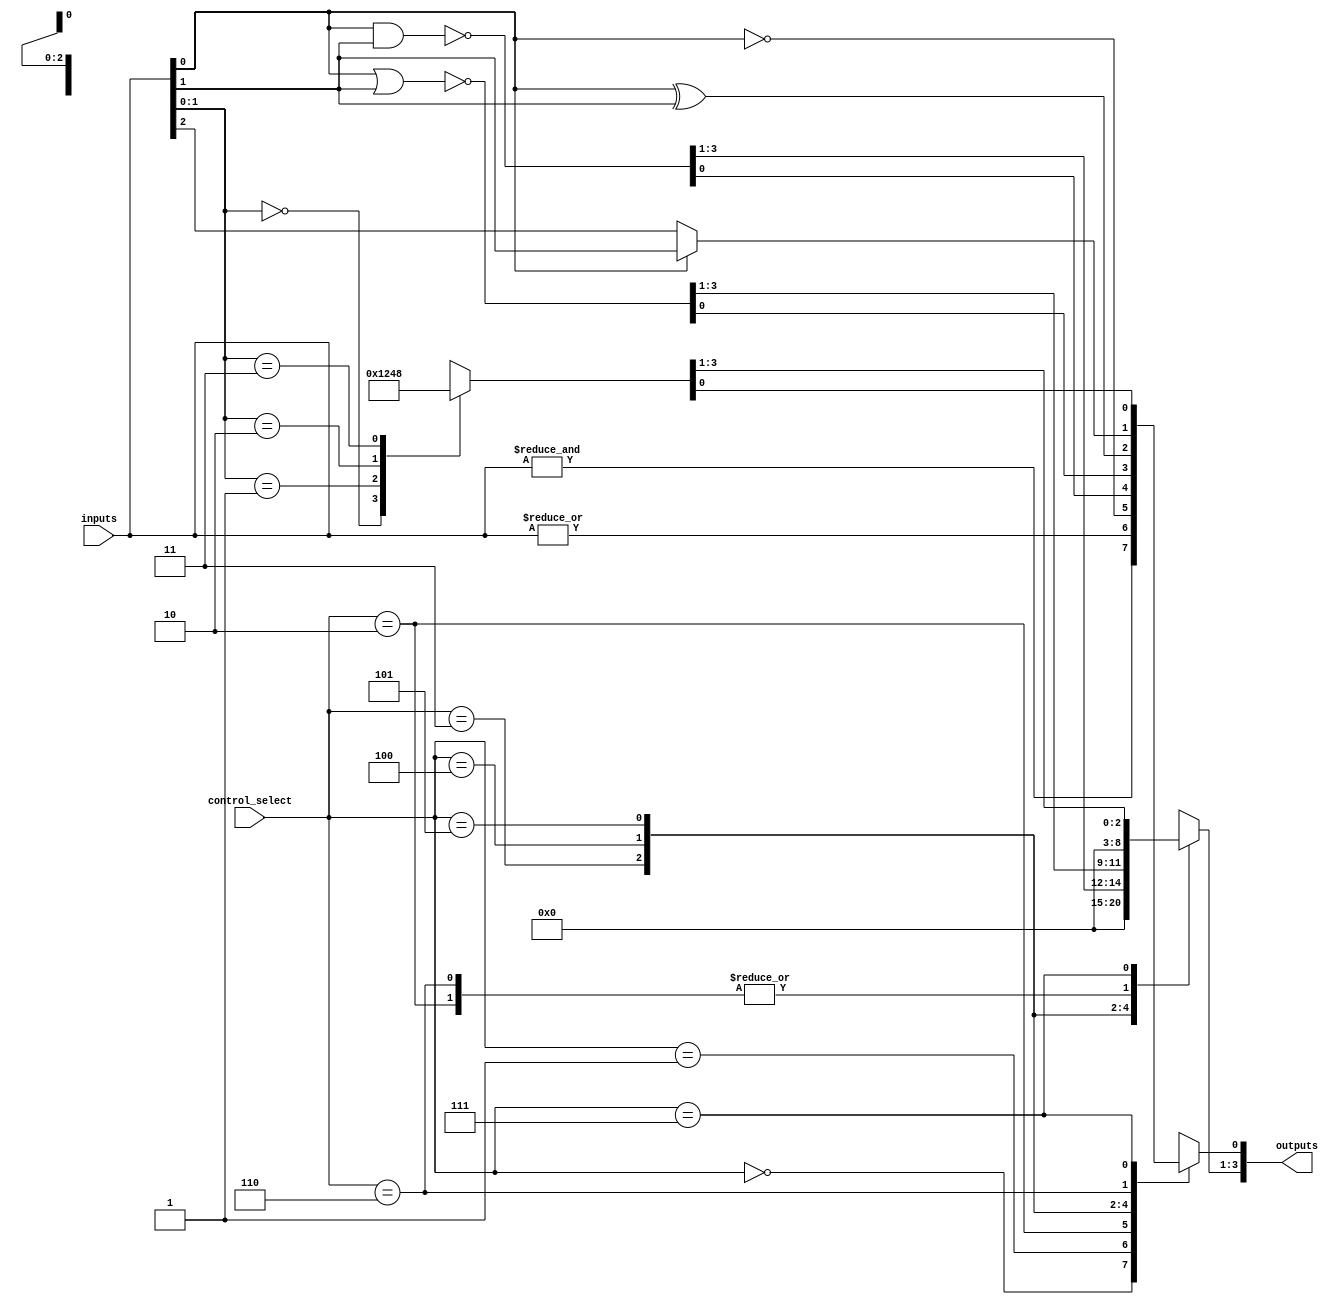
module combinational_logic_blocks #(
    parameter NUM_INPUTS = 4, // Configurable input size (2 to 16)
    parameter NUM_OUTPUTS = 4  // Configurable output size
)(
    input wire [NUM_INPUTS-1:0] inputs, // Input lines
    input wire [2:0] control_select,     // Control signals for selecting options
    output reg [NUM_OUTPUTS-1:0] outputs // Output lines
);

// Logic Function Control Signals
localparam AND_SEL = 3'b000;
localparam OR_SEL  = 3'b001;
localparam NOT_SEL = 3'b010;
localparam NAND_SEL= 3'b011;
localparam NOR_SEL = 3'b100;
localparam XOR_SEL = 3'b101;
localparam MUX_SEL = 3'b110; // Assuming a 2-to-1 multiplexer
localparam DECODER_SEL = 3'b111; // Utilizing as 2-to-4 Decoder

always @(*) begin
    case (control_select)
        AND_SEL: begin
            outputs = &inputs; // AND gate
        end
        OR_SEL: begin
            outputs = |inputs; // OR gate
        end
        NOT_SEL: begin
            // Only one input for NOT function; assuming inputs[0]
            outputs[0] = ~inputs[0];
            outputs[NUM_OUTPUTS-1:1] = 0; // Clear other outputs
        end
        NAND_SEL: begin
            outputs = ~(inputs[0] & inputs[1]); // NAND gate for two inputs
        end
        NOR_SEL: begin
            outputs = ~(inputs[0] | inputs[1]); // NOR gate for two inputs
        end
        XOR_SEL: begin
            outputs = inputs[0] ^ inputs[1]; // XOR gate for two inputs
        end
        MUX_SEL: begin
            // 2-to-1 multiplexer
            outputs[0] = inputs[0] ? inputs[1] : inputs[2];
            outputs[NUM_OUTPUTS-1:1] = 0; // Clear other outputs
        end
        DECODER_SEL: begin
            // 2-to-4 Decoder
            case (inputs[1:0]) // Assuming inputs[1:0] are used for selection
                2'b00: outputs = 4'b0001;
                2'b01: outputs = 4'b0010;
                2'b10: outputs = 4'b0100;
                2'b11: outputs = 4'b1000;
                default: outputs = 4'b0000;
            endcase
        end
        default: begin
            outputs = 0; // Default case
        end
    endcase
end

endmodule